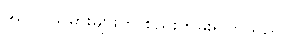
အလုပ်သမားများက စည်းကမ်းရှိကြသည်။